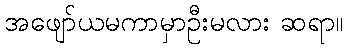
အဖျော်ယမကာမှာဦးမလား ဆရာ။